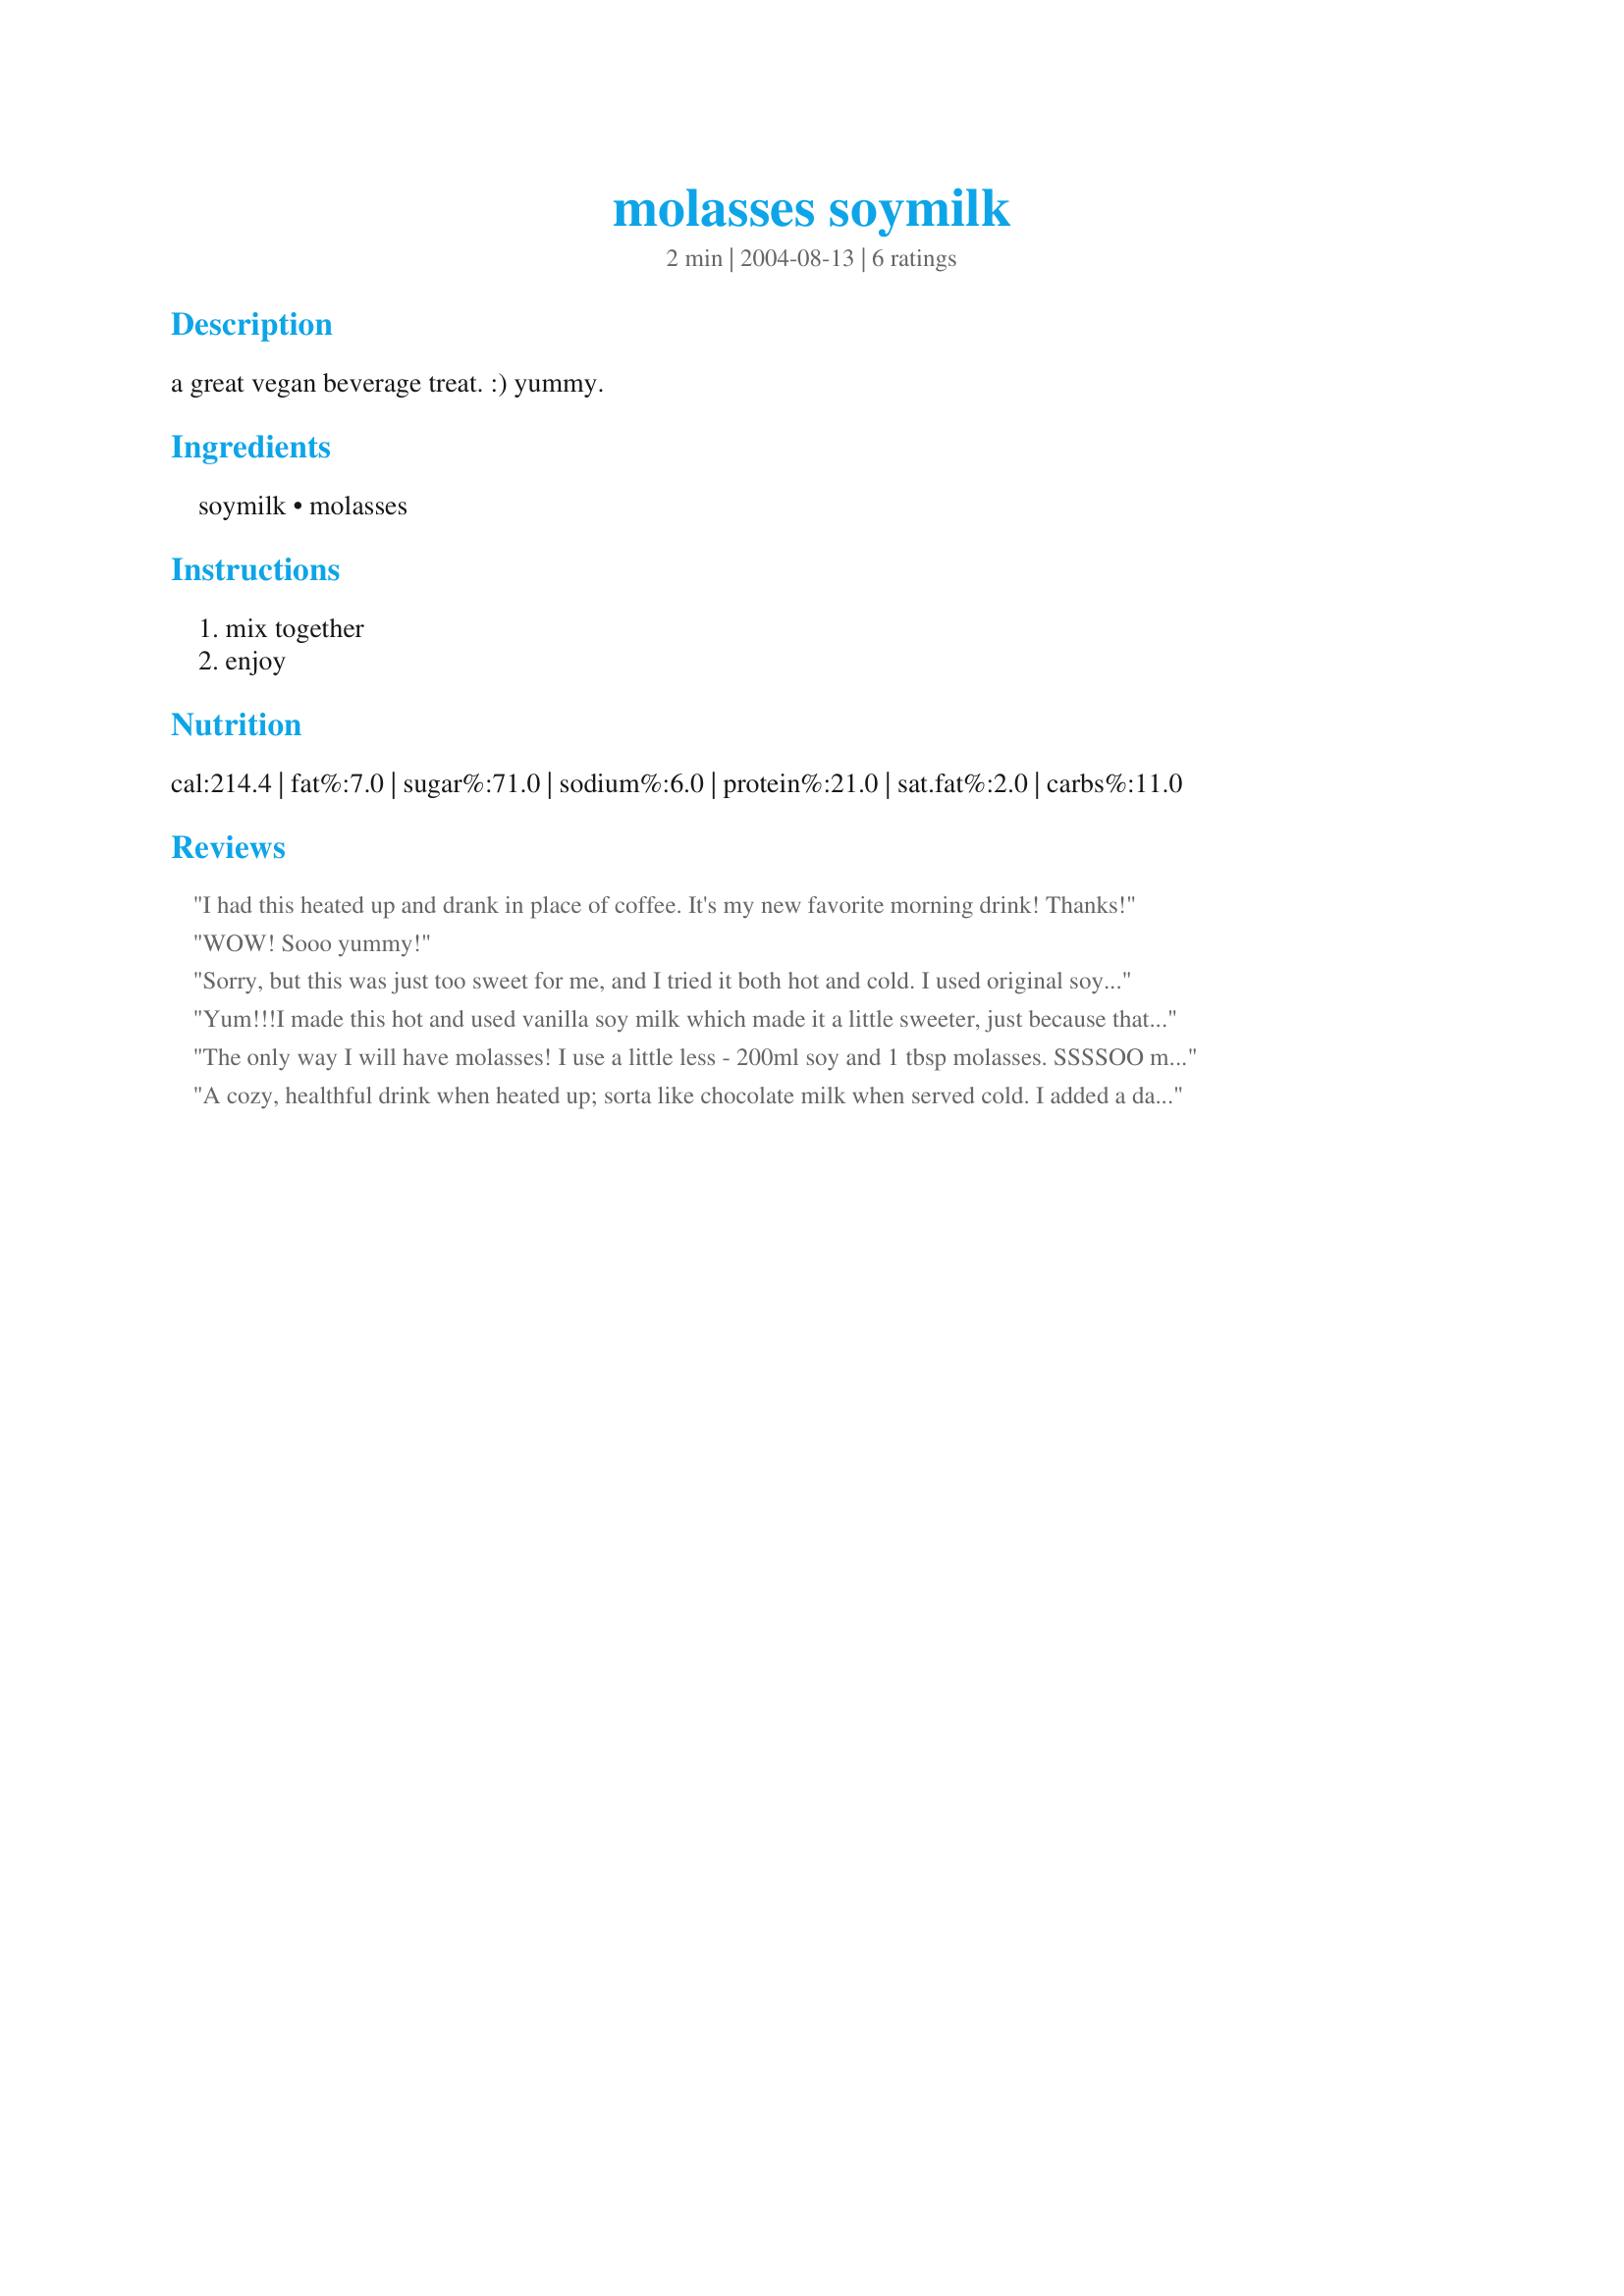
molasses soymilk
Preparation time: 2 minutes

a great vegan beverage treat. :) yummy.

Ingredients:
soymilk, molasses

Steps:
mix together, enjoy

Reviews:
I had this heated up and drank in place of coffee. It's my new favorite morning drink! Thanks!
WOW! Sooo yummy!
Sorry, but this was just too sweet for me, and I tried it both hot and cold. I used original soymilk, but even with unsweetened I don't think I could take it. So I added 1 Tbs. of cocoa powder to tone the sugar down, and now it's a drinkable but a little odd tasting hot chocolate (with lots of iron!) Oh, I used blackstrap molasses, so maybe regular molasses would taste different.
Yum!!!I made this hot and used vanilla soy milk which made it a little sweeter, just because that's what I had in the fridge. Like hot cocoa, but with all the health benefits of soy and molasses and no caffeine. Can't wait to try it cold. Thanks, maiameow for a drink I'll make often!
The only way I will have molasses!
I use a little less - 200ml soy and 1 tbsp molasses. SSSSOO much better than molasses plain. Very yummy, and a good source of iron too!
A cozy, healthful drink when heated up; sorta like chocolate milk when served cold. I added a dash of cinnamon. It's a drink you feel good about drinking. Thanks Maiameow!
